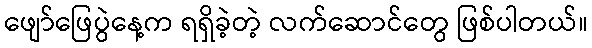
ဖျော်ဖြေပွဲနေ့က ရရှိခဲ့တဲ့ လက်ဆောင်တွေ ဖြစ်ပါတယ်။